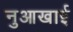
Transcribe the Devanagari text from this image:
नुआखाई